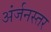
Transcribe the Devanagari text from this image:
अंर्जनस्तर